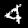
Digit: 4